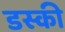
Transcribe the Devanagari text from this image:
डस्की